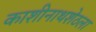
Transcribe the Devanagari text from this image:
काशीनाथशेठला